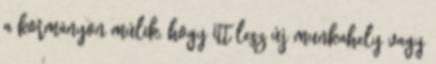
a kormányon múlik, hogy itt lesz új munkahely vagy